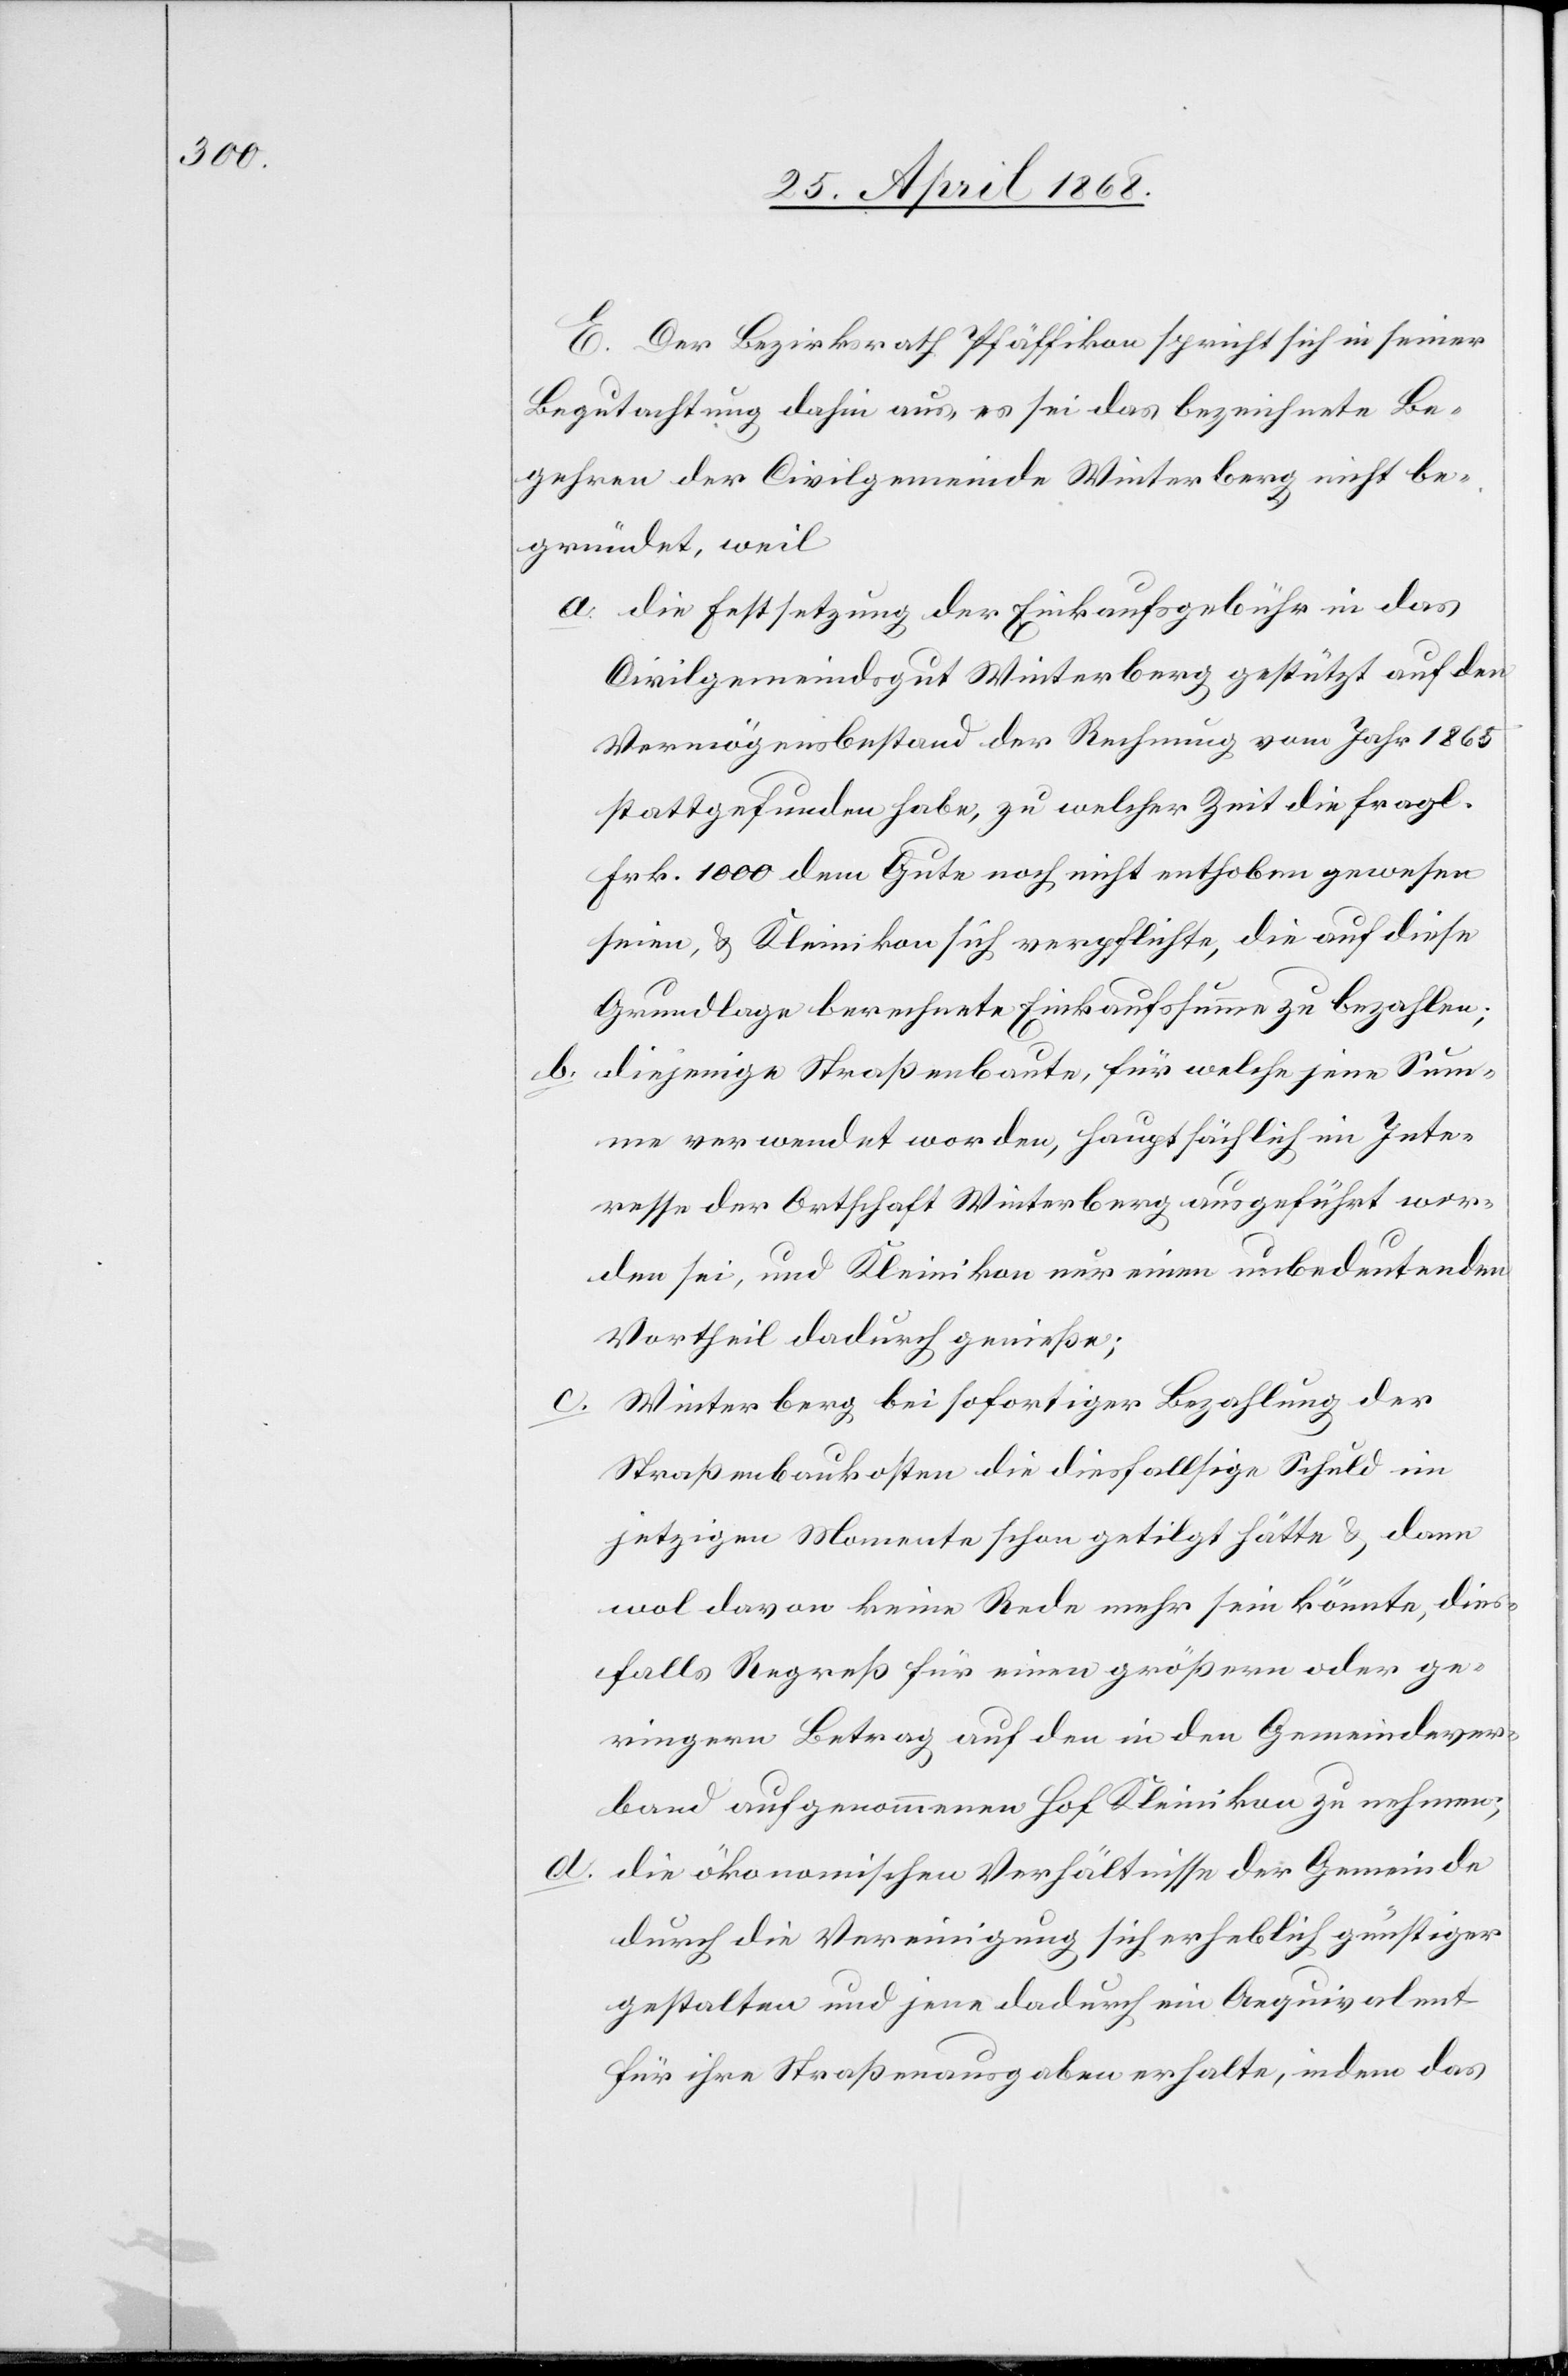
b.

E. Der Bezirksrath Pfäffikon spricht sich in seiner
Begutachtung dahin aus, es sei das bezeichnete Be¬
gehren der Civilgemeinde Winterberg nicht be¬
gründet, weil
die Festsetzung der Einkaufsgebühr in das
Civilgemeindsgut Winterberg gestützt auf den
Vermögensbestand der Rechnung vom Jahr 1865
stattgefunden habe, zu welcher Zeit die fragl.
Frk. 1000 dem Gute noch nicht enthoben gewesen
seien, & Kleinikon sich verpflichte, die auf diese
Grundlage berechnete Einkaufssumme zu bezahlen;
diejenige Straßenbaute, für welche jene Sum¬
me verwendet worden, hauptsächlich im Inte¬
resse der Ortschaft Winterberg ausgeführt wor¬
den sei, und Kleinikon nur einen unbedeutenden
Vortheil dadurch genieße;
Winterberg bei sofortiger Bezahlung der
Straßenbaukosten die diesfallsige Schuld im
jetzigen Momente schon getilgt hätte & dann
wol davon keine Rede mehr sein könnte, dies¬
falls Regreß für einen größern oder ge¬
ringern Betrag auf den in den Gemeindever¬
band aufgenommenen Hof Kleinikon zu nehmen;
die ökonomischen Verhältnisse der Gemeinde
durch die Vereinigung sich erheblich günstiger
gestalten und jene dadurch ein Aequivalent
für ihre Straßenausgaben erhalte, indem das